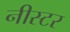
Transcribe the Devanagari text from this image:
नीस्टर